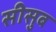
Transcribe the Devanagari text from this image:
सीसुब